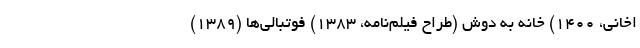
اخانی، ١۴٠٠) خانه به دوش (طراح فیلم‌نامه، ۱۳۸۳) فوتبالی‌ها (۱۳۸۹)